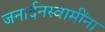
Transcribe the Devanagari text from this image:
जनार्दनस्वामींना